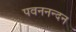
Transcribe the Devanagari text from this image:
पवननन्दन